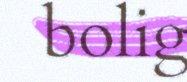
bolig